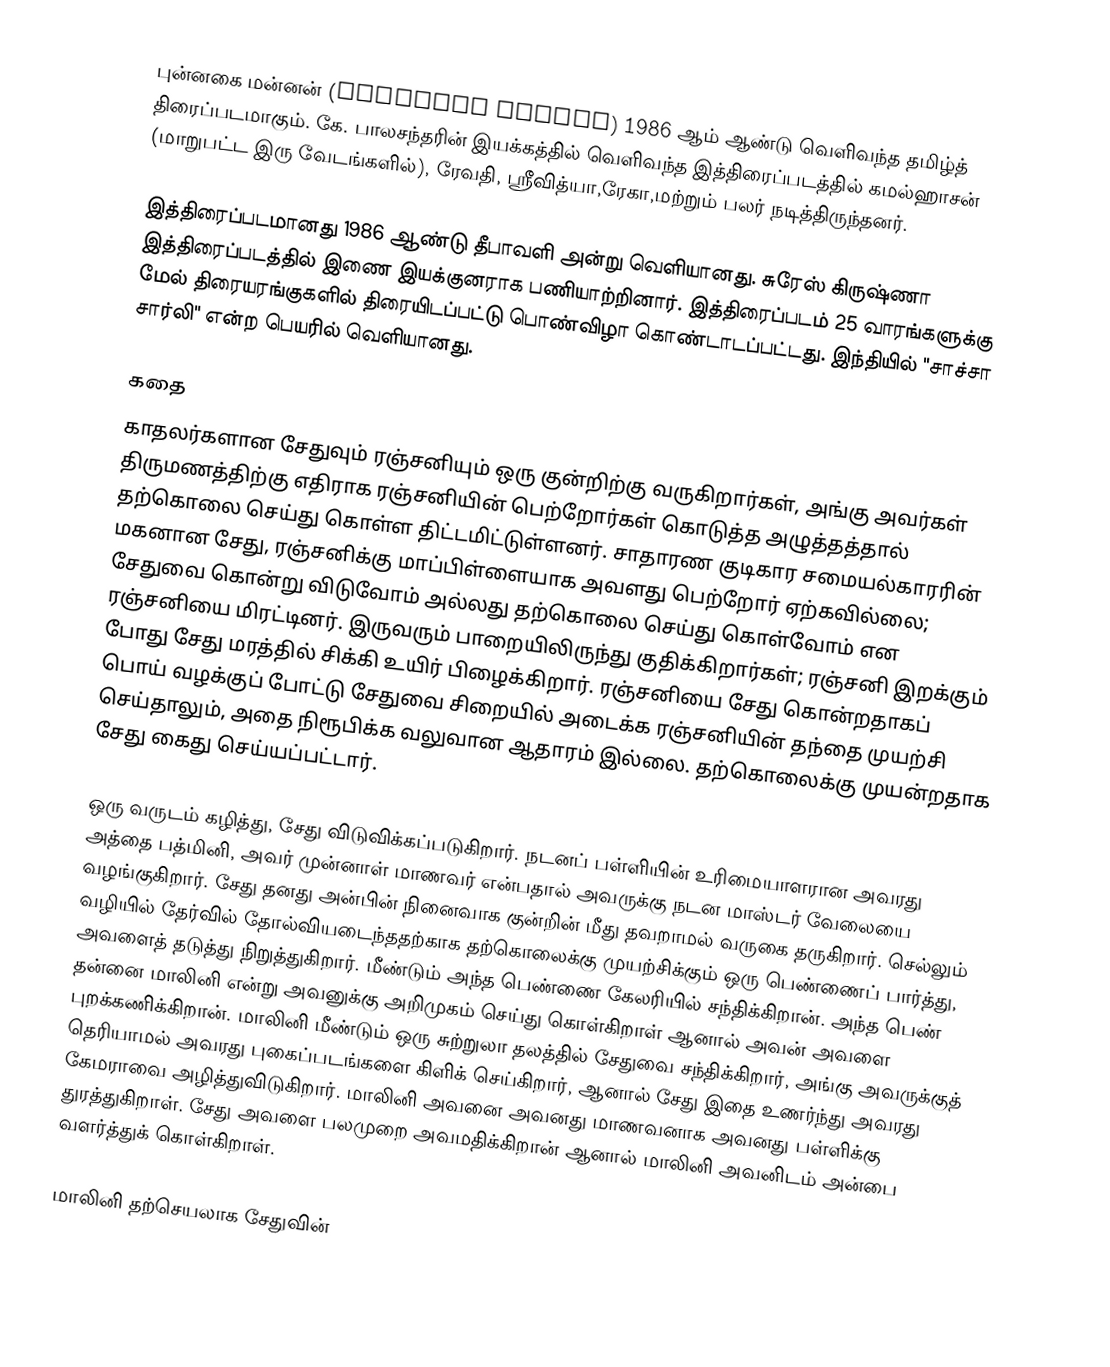
புன்னகை மன்னன் (Punnagai Mannan) 1986 ஆம் ஆண்டு வெளிவந்த தமிழ்த் திரைப்படமாகும். கே. பாலசந்தரின் இயக்கத்தில் வெளிவந்த இத்திரைப்படத்தில் கமல்ஹாசன் (மாறுபட்ட இரு வேடங்களில்), ரேவதி, ஸ்ரீவித்யா,ரேகா,மற்றும் பலர் நடித்திருந்தனர்.

இத்திரைப்படமானது 1986 ஆண்டு தீபாவளி அன்று வெளியானது. சுரேஸ் கிருஷ்ணா இத்திரைப்படத்தில் இணை இயக்குனராக பணியாற்றினார். இத்திரைப்படம் 25 வாரங்களுக்கு மேல் திரையரங்குகளில் திரையிடப்பட்டு பொண்விழா கொண்டாடப்பட்டது. இந்தியில் "சாச்சா சார்லி" என்ற பெயரில் வெளியானது.

கதை
காதலர்களான சேதுவும் ரஞ்சனியும் ஒரு குன்றிற்கு வருகிறார்கள், அங்கு அவர்கள் திருமணத்திற்கு எதிராக ரஞ்சனியின் பெற்றோர்கள் கொடுத்த அழுத்தத்தால் தற்கொலை செய்து கொள்ள திட்டமிட்டுள்ளனர்.  சாதாரண குடிகார சமையல்காரரின் மகனான சேது, ரஞ்சனிக்கு மாப்பிள்ளையாக அவளது பெற்றோர் ஏற்கவில்லை;  சேதுவை கொன்று விடுவோம் அல்லது தற்கொலை செய்து கொள்வோம் என ரஞ்சனியை மிரட்டினர்.  இருவரும் பாறையிலிருந்து குதிக்கிறார்கள்;  ரஞ்சனி இறக்கும் போது சேது மரத்தில் சிக்கி உயிர் பிழைக்கிறார்.  ரஞ்சனியை சேது கொன்றதாகப் பொய் வழக்குப் போட்டு சேதுவை சிறையில் அடைக்க ரஞ்சனியின் தந்தை முயற்சி செய்தாலும், அதை நிரூபிக்க வலுவான ஆதாரம் இல்லை.  தற்கொலைக்கு முயன்றதாக சேது கைது செய்யப்பட்டார்.

ஒரு வருடம் கழித்து, சேது விடுவிக்கப்படுகிறார்.  நடனப் பள்ளியின் உரிமையாளரான அவரது அத்தை பத்மினி, அவர் முன்னாள் மாணவர் என்பதால் அவருக்கு நடன மாஸ்டர் வேலையை வழங்குகிறார்.  சேது தனது அன்பின் நினைவாக குன்றின் மீது தவறாமல் வருகை தருகிறார்.  செல்லும் வழியில் தேர்வில் தோல்வியடைந்ததற்காக தற்கொலைக்கு முயற்சிக்கும் ஒரு பெண்ணைப் பார்த்து, அவளைத் தடுத்து நிறுத்துகிறார்.  மீண்டும் அந்த பெண்ணை கேலரியில் சந்திக்கிறான்.  அந்த பெண் தன்னை மாலினி என்று அவனுக்கு அறிமுகம் செய்து கொள்கிறாள் ஆனால் அவன் அவளை புறக்கணிக்கிறான்.  மாலினி மீண்டும் ஒரு சுற்றுலா தலத்தில் சேதுவை சந்திக்கிறார், அங்கு அவருக்குத் தெரியாமல் அவரது புகைப்படங்களை கிளிக் செய்கிறார், ஆனால் சேது இதை உணர்ந்து அவரது கேமராவை அழித்துவிடுகிறார்.  மாலினி அவனை அவனது மாணவனாக அவனது பள்ளிக்கு துரத்துகிறாள்.  சேது அவளை பலமுறை அவமதிக்கிறான் ஆனால் மாலினி அவனிடம் அன்பை வளர்த்துக் கொள்கிறாள்.

மாலினி தற்செயலாக சேதுவின்